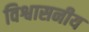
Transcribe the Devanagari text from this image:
विश्वासनीय